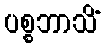
ပစ္စဘာသိံ